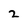
Character: 2